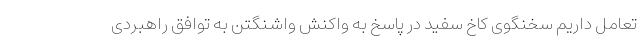
تعامل داریم سخنگوی کاخ سفید در پاسخ به واکنشِ واشنگتن به توافق راهبردی